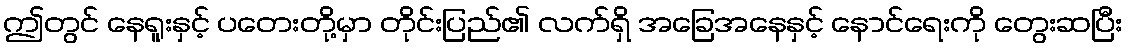
ဤတွင် နေရူးနှင့် ပတေးတို့မှာ တိုင်းပြည်၏ လက်ရှိ အခြေအနေနှင့် နောင်ရေးကို တွေးဆပြီး